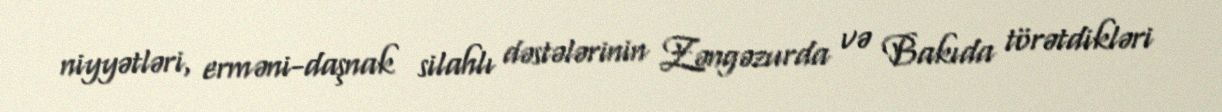
niyyətləri, erməni-daşnak silahlı dəstələrinin Zəngəzurda və Bakıda törətdikləri